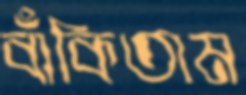
বাঁকিতাম